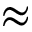
\approx